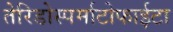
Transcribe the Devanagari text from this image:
तेरिडोस्पर्माटोफाईटा